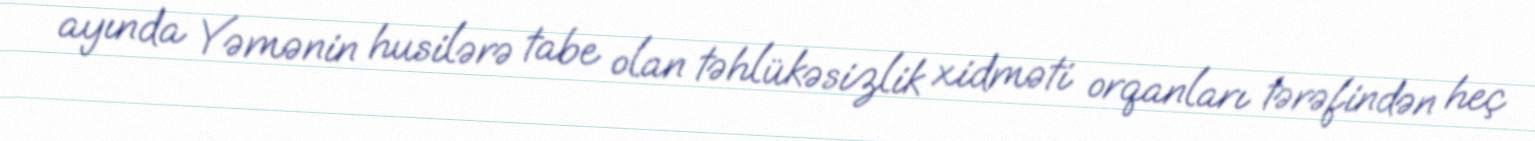
ayında Yəmənin husilərə tabe olan təhlükəsizlik xidməti orqanları tərəfindən heç